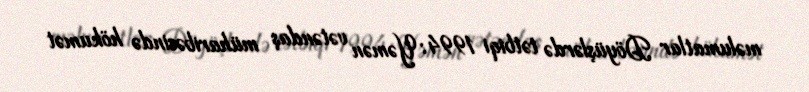
məlumatlar Döyüşlərdə tətbiqi 1994: Yəmən vətəndaş müharibəsində hökumət